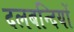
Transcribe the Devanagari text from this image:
दलबन्दियों